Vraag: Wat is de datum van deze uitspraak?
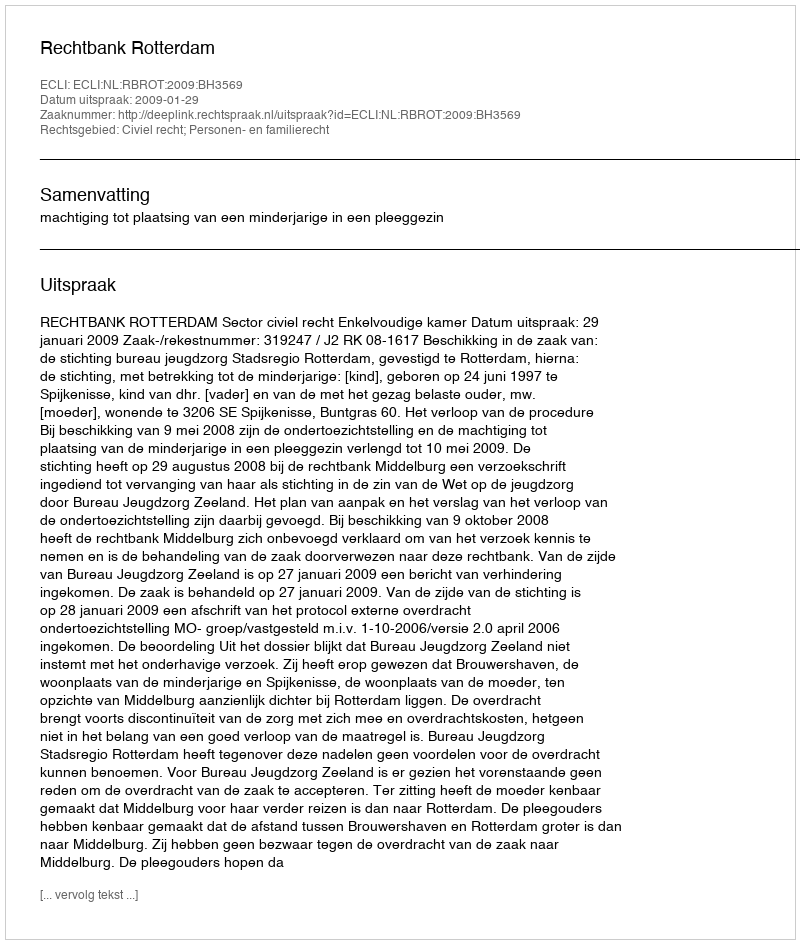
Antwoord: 2009-01-29